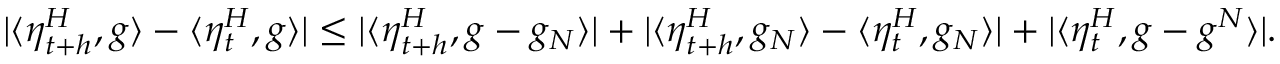
| \langle \eta _ { t + h } ^ { H } , g \rangle - \langle \eta _ { t } ^ { H } , g \rangle | \leq | \langle \eta _ { t + h } ^ { H } , g - g _ { N } \rangle | + | \langle \eta _ { t + h } ^ { H } , g _ { N } \rangle - \langle \eta _ { t } ^ { H } , g _ { N } \rangle | + | \langle \eta _ { t } ^ { H } , g - g ^ { N } \rangle | .